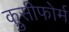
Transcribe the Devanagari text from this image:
क्रुसीफोर्म